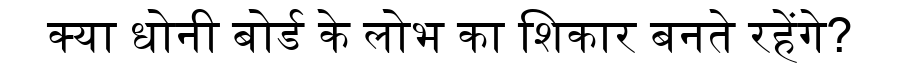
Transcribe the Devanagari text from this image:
क्या धोनी बोर्ड के लोभ का शिकार बनते रहेंगे?